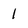
Character: 1